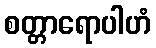
စတ္တာရောပါဟံ